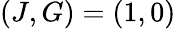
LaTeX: (J,G)=(1,0)